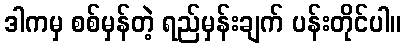
ဒါကမှ စစ်မှန်တဲ့ ရည်မှန်းချက် ပန်းတိုင်ပါ။